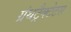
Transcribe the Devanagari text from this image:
ग्रंथट्रैक्टेटस